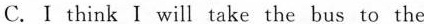
C.I think I will take the bus to the